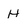
Character: H